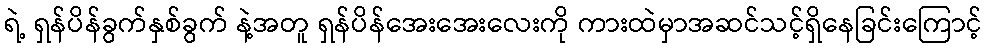
ရဲ့ ရှန်ပိန်ခွက်နှစ်ခွက် နဲ့အတူ ရှန်ပိန်အေးအေးလေးကို ကားထဲမှာအဆင်သင့်ရှိနေခြင်းကြောင့်